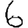
Digit: 6